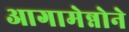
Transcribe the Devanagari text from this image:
आगामेन्नोने